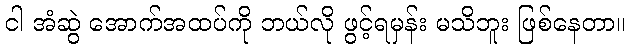
ငါ အံဆွဲ အောက်အထပ်ကို ဘယ်လို ဖွင့်ရမှန်း မသိဘူး ဖြစ်နေတာ။